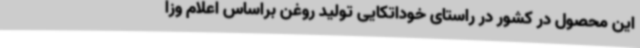
این محصول در کشور در راستای خوداتکایی تولید روغن براساس اعلام وزا